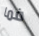
فما